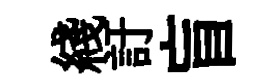
綫訏盲